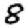
Digit: 8